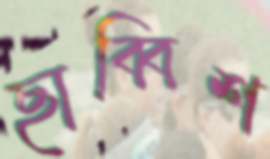
ছাব্বিশ